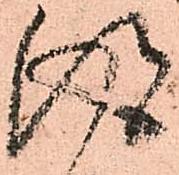
得